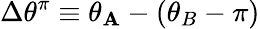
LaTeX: \Delta\theta^{\pi}\equiv\theta_{\mathbf{A}}-(\theta_{B}-\pi)